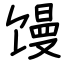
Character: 馒